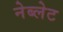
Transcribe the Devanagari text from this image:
नेब्लेट